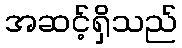
အဆင့်ရှိသည်